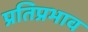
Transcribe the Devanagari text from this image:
प्रतिप्रभाव